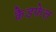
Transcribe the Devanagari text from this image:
कैडफेल